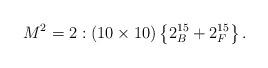
LaTeX: \begin{align*}M^2=2:\left( 10\times 10\right) \left\{ 2_B^{15}+2_F^{15}\right\} .\end{align*}